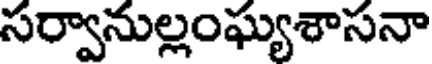
సర్వానుల్లంఘ్యశాసనా